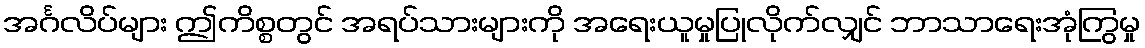
အင်္ဂလိပ်များ ဤကိစ္စတွင် အရပ်သားများကို အရေးယူမှုပြုလိုက်လျှင် ဘာသာရေးအုံကြွမှု